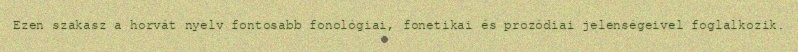
Ezen szakasz a horvát nyelv fontosabb fonológiai, fonetikai és prozódiai jelenségeivel foglalkozik.